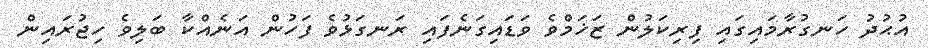
އުޙުދު ހަނގުރާމައިގައި ފިރިކަލުން ޒަޚަމްވެ ވަޑައިގަނެފައި ރަނގަޅުވެ ފަހުން އަނެއްކާ ބަލިވެ ހިޖުރައިން